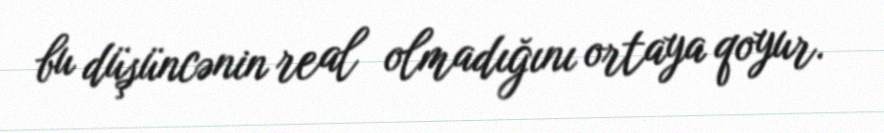
bu düşüncənin real olmadığını ortaya qoyur.